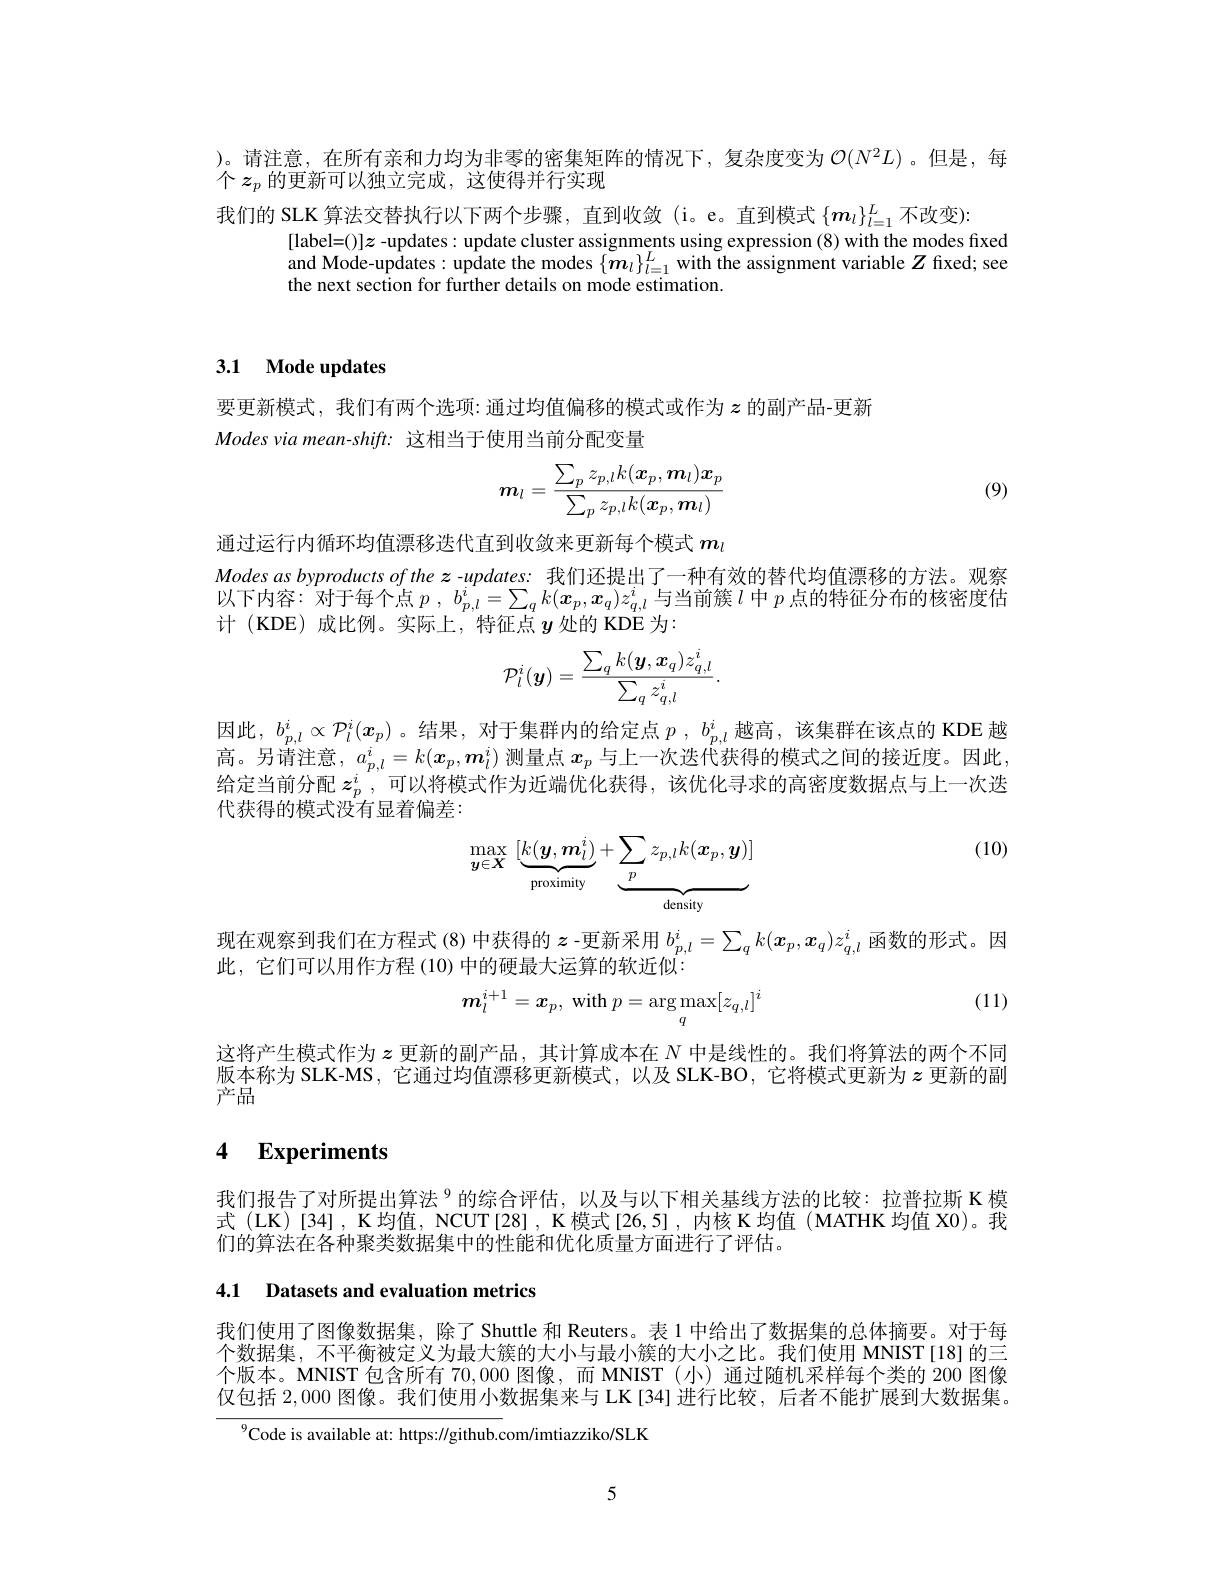
)。请注意，在所有亲和力均为非零的密集矩阵的情况下，复杂度变为$\mathcal{O}(N^2L)$ 。但是，每
个$z_p$的更新可以独立完成，这使得并行实现

我们的 SLK 算法交替执行以下两个步骤，直到收敛 (i。e。直到模式$\{\boldsymbol m_l\}_l=1^L$不改变):
[label=()]$z$ -updates: update cluster assignments using expression (8) with the modes fixed and Mode-updates: update the modes $\{m_l\}_{l=1}^L$ with the assignment variable $Z$ fixed; see the next section for further details on mode estimation.

## 3.1 Mode updates

要更新模式，我们有两个选项：通过均值偏移的模式或作为$z$的副产品-更新
Modes via mean-shift: 这相当于使用当前分配变量
$$\boldsymbol{m}_l=\frac{\sum_pz_{p,l}k(\boldsymbol{x}_p,\boldsymbol{m}_l)\boldsymbol{x}_p}{\sum_pz_{p,l}k(\boldsymbol{x}_p,\boldsymbol{m}_l)}$$
(9)

通过运行内循环均值漂移迭代直到收敛来更新每个模式$m_l$
Modes as byproducts of the $z$ -updates: 我们还提出了一种有效的替代均值漂移的方法。观察以下内容：对于每个点$p,b_{p,l}^i=\sum_qk(\boldsymbol{x}_p,\boldsymbol{x}_q)z_{q,l}^i$与当前簇$l$中$p$点的特征分布的核密度估计 (KDE)成比例。实际上，特征点$y$处的 KDE 为：
$$\mathcal{P}_l^i(\boldsymbol{y})=\frac{\sum_qk(\boldsymbol{y},\boldsymbol{x}_q)z_{q,l}^i}{\sum_qz_{q,l}^i}.$$
因此，$b_{p,l}^i\propto\mathcal{P}_l^i(x_p)$。结果，对于集群内的给定点$p,b_p,l^i$越高，该集群在该点的 KDE 越高。另请注意，$a_p,l^i=k(\boldsymbol{x}_p,\boldsymbol{m}_l^i)$测量点$x_p$与上一次迭代获得的模式之间的接近度。因此， 给定当前分配$z_p^i$,可以将模式作为近端优化获得，该优化寻求的高密度数据点与上一次迭代获得的模式没有显着偏差：

(10)
$$\max_{\boldsymbol{y}\in\boldsymbol{X}}\:[\underbrace{k(\boldsymbol{y},\boldsymbol{m}_l^i)}_{\text{proximity}}+\underbrace{\sum_pz_{p,l}k(\boldsymbol{x}_p,\boldsymbol{y})]}_{\text{density}}$$
现在观察到我们在方程式 (8) 中获得的$z$ -更新采用$b_{p,l}^i=\sum_qk(\boldsymbol{x}_p,\boldsymbol{x}_q)z_{q,l}^i$函数的形式。因
此，它们可以用作方程 (10) 中的硬最大运算的软近似：

(11)
$$m_l^{i+1}=x_p,\text{with}p=\arg\max_q[z_{q,l}]^i$$
这将产生模式作为$z$更新的副产品，其计算成本在$N$中是线性的。我们将算法的两个不同版本称为 SLK-MS, 它通过均值漂移更新模式，以及 SLK-BO, 它将模式更新为$z$ 更新的副产品

## 4 $\textbf{Experiments}$

我们报告了对所提出算法$^{9}$的综合评估，以及与以下相关基线方法的比较：拉普拉斯 K 模式 (LK)[34], K均值，NCUT[28] , K 模式[26,5] , 内核 K 均值 (MATHK 均值 X0)。我们的算法在各种聚类数据集中的性能和优化质量方面进行了评估。

4.1 Datasets and evaluation metrics

我们使用了图像数据集，除了Shuttle 和 Reuters。表 1 中给出了数据集的总体摘要。对于每个数据集，不平衡被定义为最大簇的大小与最小簇的大小之比。我们使用 MNIST [18]的三个版本。MNIST 包含所有 70,000 图像，而 MNIST (小)通过随机采样每个类的 200 图像仅包括2，000图像。我们使用小数据集来与 LK [34] 进行比较，后者不能扩展到大数据集。

$^{9}$Code is available at: https://github.com/imtiazziko/SLK

5